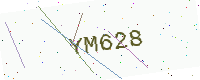
Text: YM628